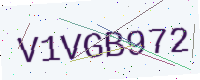
Text: V1VGB972